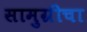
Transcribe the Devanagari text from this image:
सामुग्रीचा